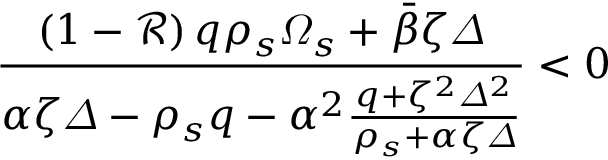
\frac { \left( 1 - \mathcal { R } \right) q \rho _ { s } \varOmega _ { s } + \bar { \beta } \zeta \varDelta } { \alpha \zeta \varDelta - \rho _ { s } q - \alpha ^ { 2 } \frac { q + \zeta ^ { 2 } \varDelta ^ { 2 } } { \rho _ { s } + \alpha \zeta \varDelta } } < 0